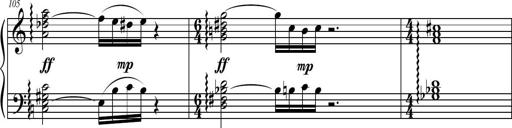
Title: Petite Sonatine
Composer: Richard St. Clair